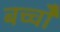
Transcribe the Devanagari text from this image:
बच्चोेैं